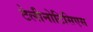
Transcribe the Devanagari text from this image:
टेलीनोटिसिएस